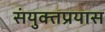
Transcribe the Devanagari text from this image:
संयुक्तप्रयास